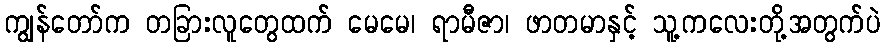
ကျွန်တော်က တခြားလူတွေထက် မေမေ၊ ရာမီဇာ၊ ဖာတမာနှင့် သူ့ကလေးတို့အတွက်ပဲ